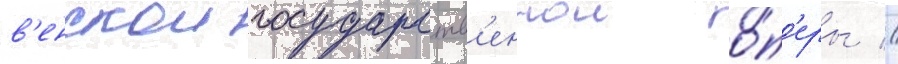
в'енскои государств'еннои о́п'еры //